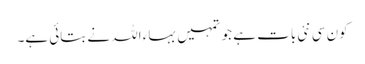
کون سی نئی بات ہے جو تمہیں بہاء اللہ نے بتائی ہے۔